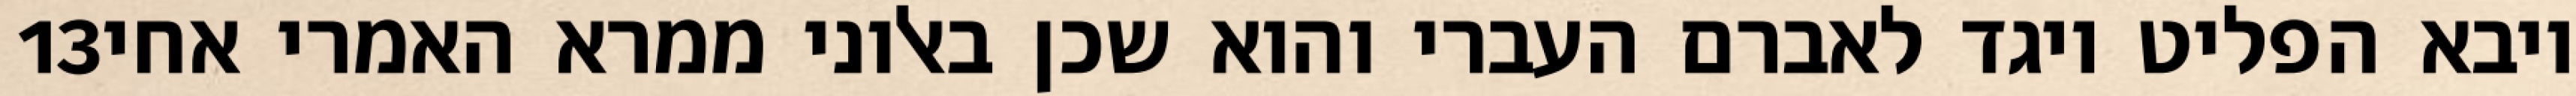
‎13‏ ויבא הפליט ויגד לאברם העברי והוא שכן באלוני ממרא האמרי אחי